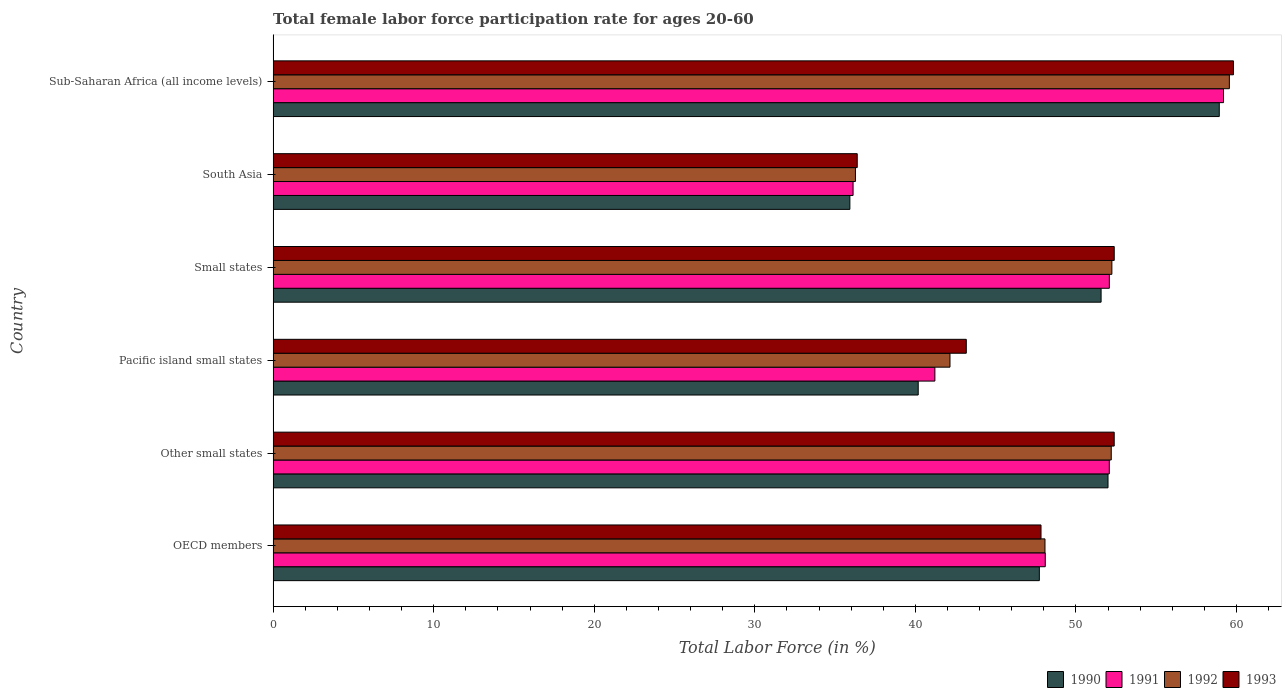
| Country | 1990 | 1991 | 1992 | 1993 |
 | --- | --- | --- | --- | --- |
 | OECD members | 47.7 | 48.1 | 48.1 | 47.8 |
 | Other small states | 52 | 52.1 | 52.2 | 52.4 |
 | Pacific island small states | 40.2 | 41.2 | 42.2 | 43.2 |
 | Small states | 51.6 | 52.1 | 52.2 | 52.4 |
 | South Asia | 35.9 | 36.1 | 36.3 | 36.4 |
 | Sub-Saharan Africa (all income levels) | 58.9 | 59.2 | 59.6 | 59.8 |